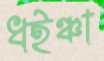
ধইঞ্চা